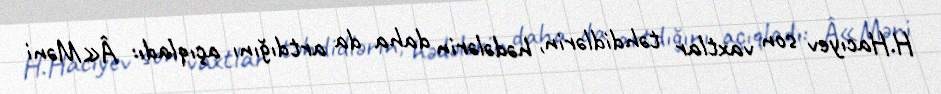
H.Hacıyev son vaxtlar təhdidlərin, hədələrin daha da artdığını açıqladı: Â«Məni